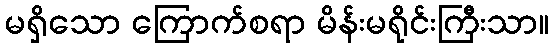
မရှိသော ကြောက်စရာ မိန်းမရိုင်းကြီးသာ။